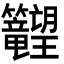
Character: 𬖉